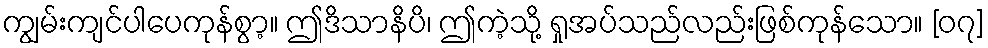
ကျွမ်းကျင်ပါပေကုန်စွာ့။ ဤဒိသာနိပိ၊ ဤကဲ့သို့ ရှုအပ်သည်လည်းဖြစ်ကုန်သော။ [၀၇]